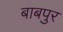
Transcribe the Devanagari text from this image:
बाबपुर